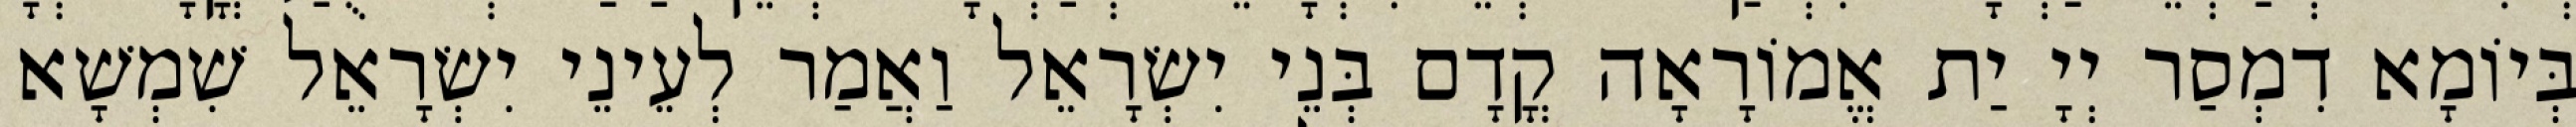
בְּיוֹמָא דִמְסַר יְיָ יַת אֱמוֹרָאָה קֳדָם בְּנֵי יִשְׂרָאֵל וַאֲמַר לְעֵינֵי יִשְׂרָאֵל שִׁמְשָׁא